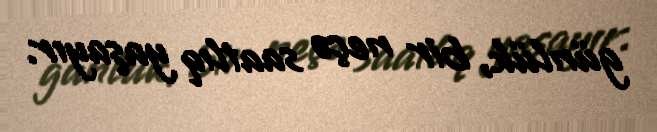
günlük, bir neçə saatlıq yaşayır.